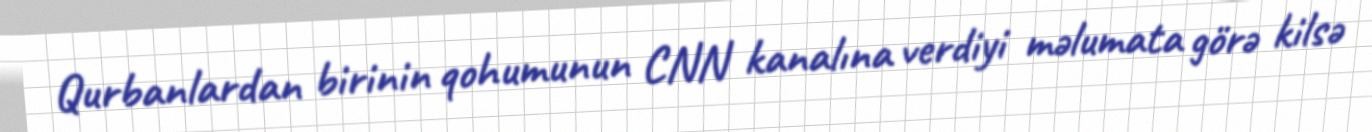
Qurbanlardan birinin qohumunun CNN kanalına verdiyi məlumata görə kilsə